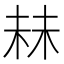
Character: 𬂧